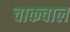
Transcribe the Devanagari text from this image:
चाकवाल